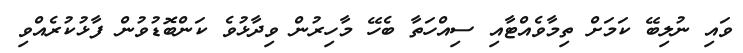
ވައި ނުލިބޭ ކަމަށް ތިމާވެއްޓާއި ސިއްހަތާ ބެހޭ މާހިރުން ވިދާޅުވެ ކަންބޮޑުވުން ފާޅުކުރެއްވި